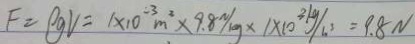
F = \rho g V = 1 \times 1 0 ^ { - 3 } m ^ { 3 } \times 9 . 8 N / k g \times 1 \times 1 0 ^ { 3 } k g / n ^ { 3 } = 9 . 8 N